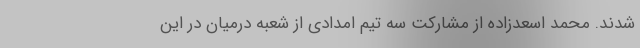
شدند. محمد اسعدزاده از مشارکت سه تیم امدادی از شعبه درمیان در این